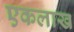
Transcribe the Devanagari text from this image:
एकलाख